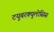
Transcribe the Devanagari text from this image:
टयुबरक्युलोसिस